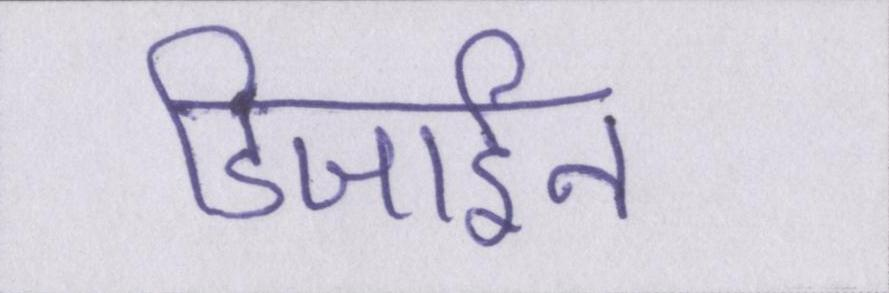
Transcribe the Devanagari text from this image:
डिजाईन